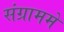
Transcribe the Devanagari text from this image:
संग्राममे